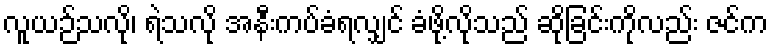
လူယဉ်သလို၊ ရဲသလို အနီးကပ်ခံရလျှင် ခံဖို့လိုသည် ဆိုခြင်းကိုလည်း ဇင်က